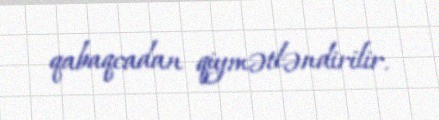
qabaqcadan qiymətləndirilir.